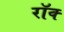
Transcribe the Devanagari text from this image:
रॉक्‍